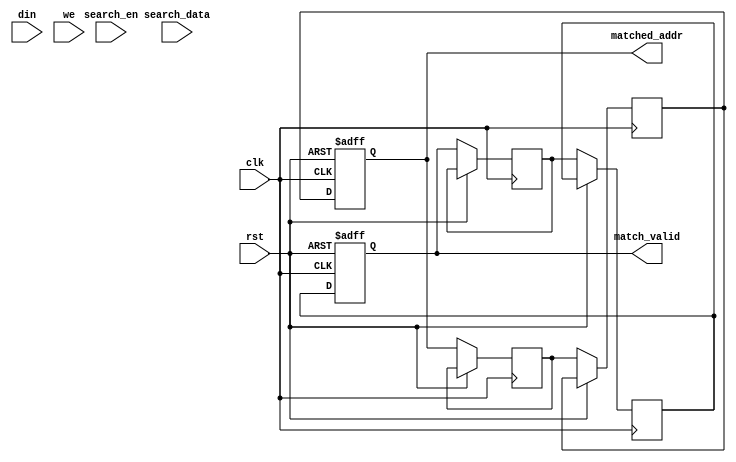
module pipelined_cam #(
    parameter DATA_WIDTH = 32,      // Width of data entries
    parameter ADDR_WIDTH = 8,       // Number of entries in CAM
    parameter PIPELINE_DEPTH = 2    // Number of pipeline stages
)(
    input wire clk,                  // Clock signal
    input wire rst,                  // Reset signal
    input wire [DATA_WIDTH-1:0] din, // Data input for write operations
    input wire we,                   // Write enable
    input wire [DATA_WIDTH-1:0] search_data, // Data to search for
    input wire search_en,            // Search enable
    output reg [ADDR_WIDTH-1:0] matched_addr, // Address of the matched entry
    output reg match_valid           // Match valid signal
);

    // Memory array with valid bits
    reg [DATA_WIDTH-1:0] memory [0:ADDR_WIDTH-1]; // CAM memory
    reg valid_bits [0:ADDR_WIDTH-1];              // Valid bits for each entry

    // Pipeline registers
    reg [ADDR_WIDTH-1:0] pipeline_addr [0:PIPELINE_DEPTH-1];
    reg match_found [0:PIPELINE_DEPTH-1];

    // Search logic
    integer i;
    always @(posedge clk or posedge rst) begin
        if (rst) begin
            matched_addr <= 0;
            match_valid <= 0;
            for (i = 0; i < ADDR_WIDTH; i = i + 1) begin
                valid_bits[i] <= 0;
            end
        end else begin
            // Write operation
            if (we) begin
                memory[matched_addr] <= din;
                valid_bits[matched_addr] <= 1;
            end

            // Search operation
            if (search_en) begin
                match_valid <= 0;
                for (i = 0; i < ADDR_WIDTH; i = i + 1) begin
                    if (valid_bits[i] && (memory[i] == search_data)) begin
                        matched_addr <= i;
                        match_valid <= 1;
                    end
                end
            end

            // Pipeline stages
            pipeline_addr[0] <= matched_addr;
            match_found[0] <= match_valid;

            for (i = 1; i < PIPELINE_DEPTH; i = i + 1) begin
                pipeline_addr[i] <= pipeline_addr[i-1];
                match_found[i] <= match_found[i-1];
            end

            // Final output stage
            matched_addr <= pipeline_addr[PIPELINE_DEPTH-1];
            match_valid <= match_found[PIPELINE_DEPTH-1];
        end
    end
endmodule